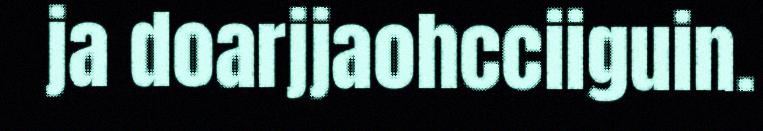
ja doarjjaohcciiguin.